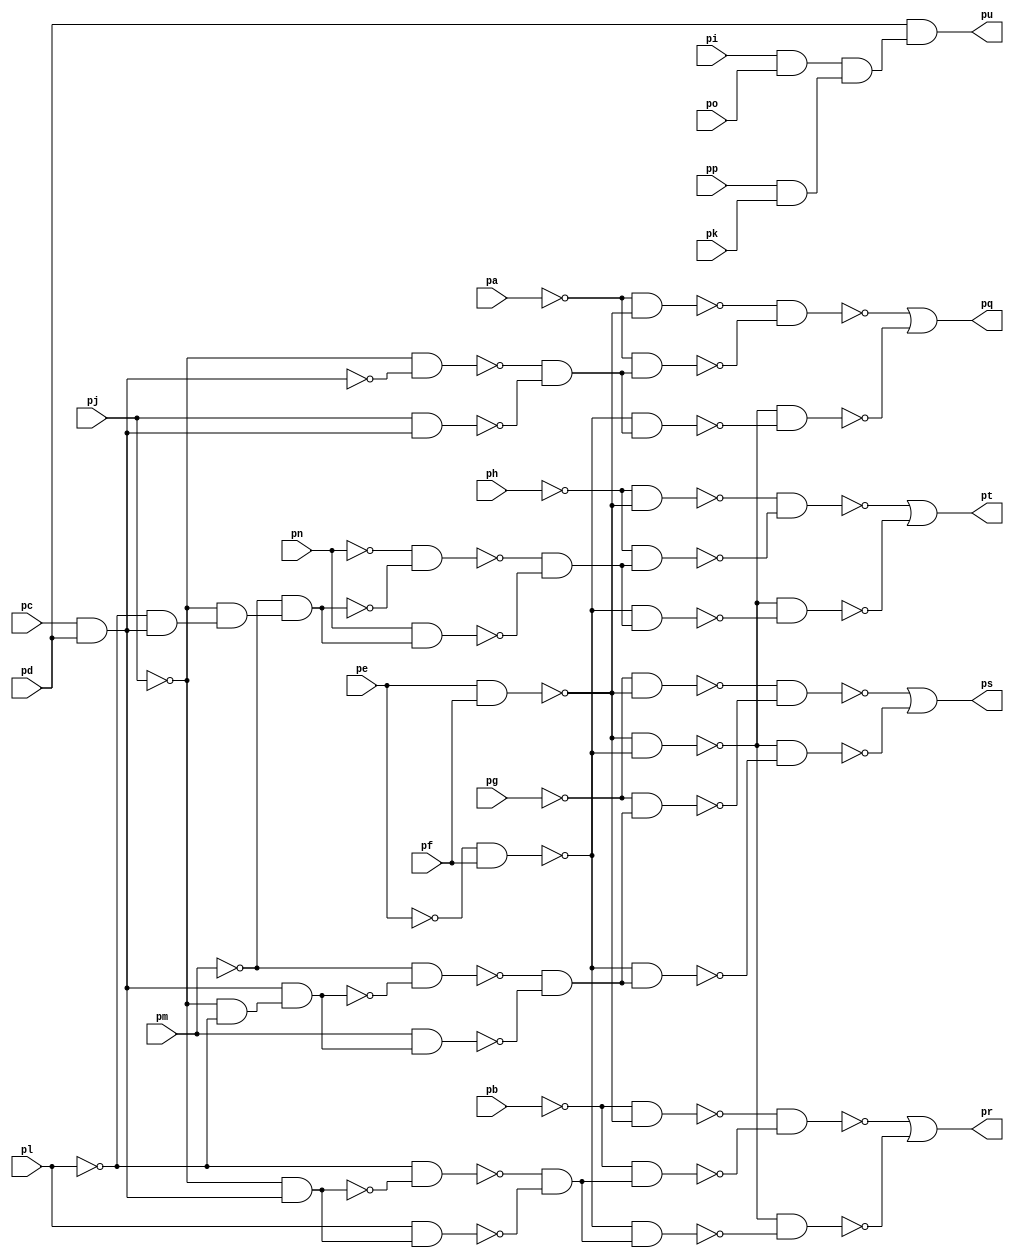
module top ( 
    pp, pa, pb, pc, pd, pe, pf, pg, ph, pi, pj, pk, pl, pm, pn, po,
    pq, pr, ps, pt, pu  );
  input  pp, pa, pb, pc, pd, pe, pf, pg, ph, pi, pj, pk, pl, pm, pn, po;
  output pq, pr, ps, pt, pu;
  wire new_n22_, new_n23_, new_n24_, new_n25_, new_n26_, new_n27_, new_n28_,
    new_n29_, new_n30_, new_n31_, new_n32_, new_n33_, new_n35_, new_n36_,
    new_n37_, new_n38_, new_n39_, new_n40_, new_n41_, new_n42_, new_n43_,
    new_n45_, new_n46_, new_n47_, new_n48_, new_n49_, new_n50_, new_n51_,
    new_n52_, new_n53_, new_n54_, new_n56_, new_n57_, new_n58_, new_n59_,
    new_n60_, new_n61_, new_n62_, new_n63_, new_n64_, new_n65_, new_n66_,
    new_n68_, new_n69_, new_n70_;
  assign new_n22_ = pe & pf;
  assign new_n23_ = ~pe & pf;
  assign new_n24_ = ~new_n22_ & ~new_n23_;
  assign new_n25_ = pc & pd;
  assign new_n26_ = ~pj & ~new_n25_;
  assign new_n27_ = pj & new_n25_;
  assign new_n28_ = ~new_n26_ & ~new_n27_;
  assign new_n29_ = ~new_n23_ & new_n28_;
  assign new_n30_ = ~pa & ~new_n22_;
  assign new_n31_ = ~pa & new_n28_;
  assign new_n32_ = ~new_n30_ & ~new_n31_;
  assign new_n33_ = ~new_n24_ & ~new_n29_;
  assign pq = ~new_n32_ | ~new_n33_;
  assign new_n35_ = ~pj & new_n25_;
  assign new_n36_ = ~pl & ~new_n35_;
  assign new_n37_ = pl & new_n35_;
  assign new_n38_ = ~new_n36_ & ~new_n37_;
  assign new_n39_ = ~new_n23_ & new_n38_;
  assign new_n40_ = ~pb & ~new_n22_;
  assign new_n41_ = ~pb & new_n38_;
  assign new_n42_ = ~new_n40_ & ~new_n41_;
  assign new_n43_ = ~new_n24_ & ~new_n39_;
  assign pr = ~new_n42_ | ~new_n43_;
  assign new_n45_ = ~pj & ~pl;
  assign new_n46_ = new_n25_ & new_n45_;
  assign new_n47_ = ~pm & ~new_n46_;
  assign new_n48_ = pm & new_n46_;
  assign new_n49_ = ~new_n47_ & ~new_n48_;
  assign new_n50_ = ~new_n23_ & new_n49_;
  assign new_n51_ = ~pg & ~new_n22_;
  assign new_n52_ = ~pg & new_n49_;
  assign new_n53_ = ~new_n51_ & ~new_n52_;
  assign new_n54_ = ~new_n24_ & ~new_n50_;
  assign ps = ~new_n53_ | ~new_n54_;
  assign new_n56_ = ~pl & new_n25_;
  assign new_n57_ = ~pj & new_n56_;
  assign new_n58_ = ~pm & new_n57_;
  assign new_n59_ = ~pn & ~new_n58_;
  assign new_n60_ = pn & new_n58_;
  assign new_n61_ = ~new_n59_ & ~new_n60_;
  assign new_n62_ = ~new_n23_ & new_n61_;
  assign new_n63_ = ~ph & ~new_n22_;
  assign new_n64_ = ~ph & new_n61_;
  assign new_n65_ = ~new_n63_ & ~new_n64_;
  assign new_n66_ = ~new_n24_ & ~new_n62_;
  assign pt = ~new_n65_ | ~new_n66_;
  assign new_n68_ = pi & po;
  assign new_n69_ = pp & pk;
  assign new_n70_ = new_n68_ & new_n69_;
  assign pu = pd & new_n70_;
endmodule